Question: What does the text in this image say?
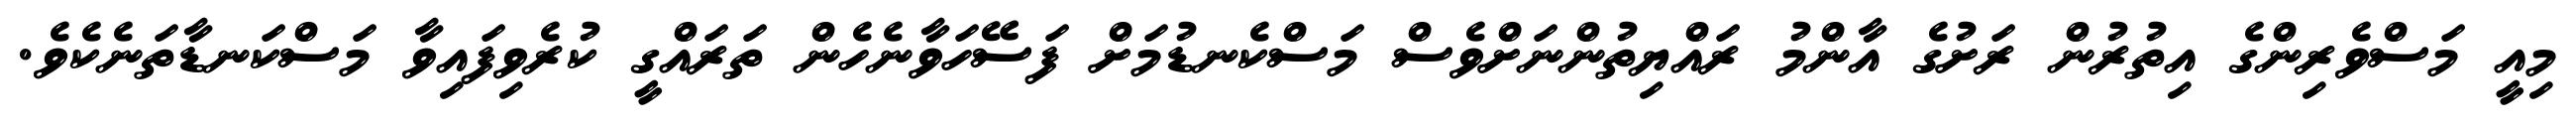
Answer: މިއީ މަސްވެރިންގެ އިތުރުން ރަށުގެ އާންމު ރައްޔިތުންނަށްވެސް މަސްކެނޑުމަށް ފަސޭހަވާނެހެން ތަރައްގީ ކުރެވިފައިވާ މަސްކަނޑާތަނެކެވެ.